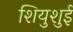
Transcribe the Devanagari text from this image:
शियुशुई